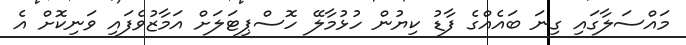
މައްސަލާގައި ގިނަ ބައެއްގެ ފާޑު ކިޔުން ހުޅުމާލޭ ހޮސްޕިޓަލަށް އަމާޒުވެފައި ވަނިކޮށް އެ